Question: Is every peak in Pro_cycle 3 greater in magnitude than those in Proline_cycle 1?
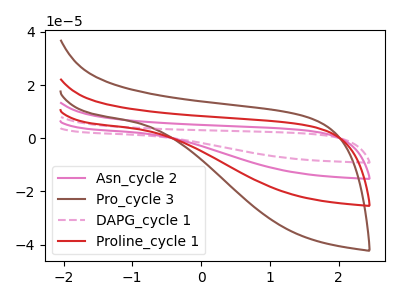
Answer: <think>The pink curve "Asn_cycle 2" has no peaks. The brown curve "Pro_cycle 3" has no peaks. The pink dashed curve "DAPG_cycle 1" has no peaks. The red curve "Proline_cycle 1" has no peaks.</think>
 <answer>Niether CV has any peaks.</answer>
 <eval>blanks</eval>